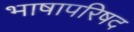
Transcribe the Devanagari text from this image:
भाषापरिषद